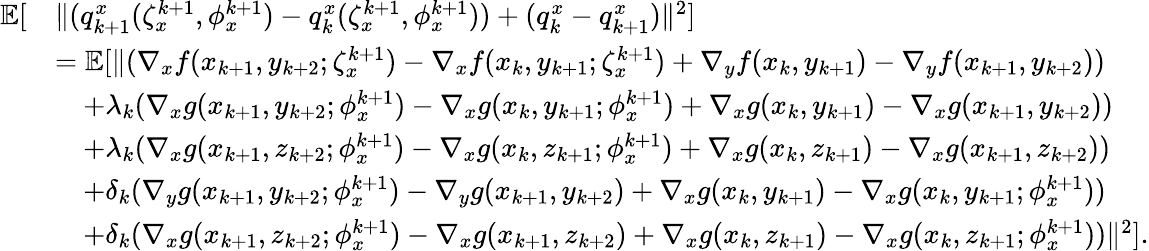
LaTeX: \begin{array}{rl}{\mathbb{E}[}&{\| (q_{k+1}^{x}(\zeta_{x}^{k+1},\phi_{x}^{k+1})-q_{k}^{x}(\zeta_{x}^{k+1},\phi_{x}^{k+1}))+(q_{k}^{x}-q_{k+1}^{x})\| ^{2}]}\\ &{=\mathbb{E}[\| (\nabla_{x}f(x_{k+1},y_{k+2};\zeta_{x}^{k+1})-\nabla_{x}f(x_{k},y_{k+1};\zeta_{x}^{k+1})+\nabla_{y}f(x_{k},y_{k+1})-\nabla_{y}f(x_{k+1},y_{k+2}))}\\ &{\quad+\lambda_{k}(\nabla_{x}g(x_{k+1},y_{k+2};\phi_{x}^{k+1})-\nabla_{x}g(x_{k},y_{k+1};\phi_{x}^{k+1})+\nabla_{x}g(x_{k},y_{k+1})-\nabla_{x}g(x_{k+1},y_{k+2}))}\\ &{\quad+\lambda_{k}(\nabla_{x}g(x_{k+1},z_{k+2};\phi_{x}^{k+1})-\nabla_{x}g(x_{k},z_{k+1};\phi_{x}^{k+1})+\nabla_{x}g(x_{k},z_{k+1})-\nabla_{x}g(x_{k+1},z_{k+2}))}\\ &{\quad+\delta_{k}(\nabla_{y}g(x_{k+1},y_{k+2};\phi_{x}^{k+1})-\nabla_{y}g(x_{k+1},y_{k+2})+\nabla_{x}g(x_{k},y_{k+1})-\nabla_{x}g(x_{k},y_{k+1};\phi_{x}^{k+1}))}\\ &{\quad+\delta_{k}(\nabla_{x}g(x_{k+1},z_{k+2};\phi_{x}^{k+1})-\nabla_{x}g(x_{k+1},z_{k+2})+\nabla_{x}g(x_{k},z_{k+1})-\nabla_{x}g(x_{k},z_{k+1};\phi_{x}^{k+1}))\| ^{2}].}\end{array}